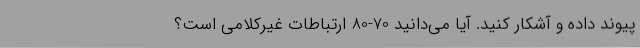
پیوند داده و آشکار کنید. آیا می‌دانید 70-80 ارتباطات غیرکلامی است؟